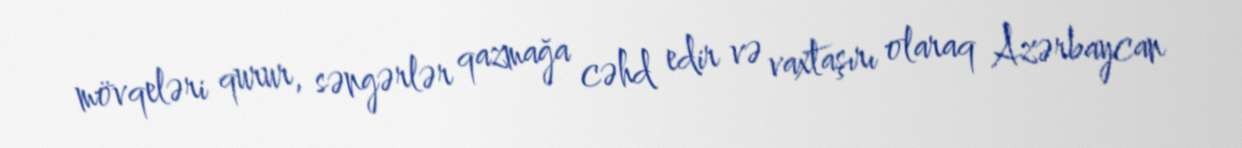
mövqeləri qurur, səngərlər qazmağa cəhd edir və vaxtaşırı olaraq Azərbaycan